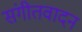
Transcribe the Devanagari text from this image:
संगीतवादन